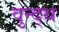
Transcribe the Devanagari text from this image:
वुन्द्थ